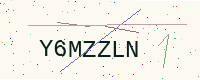
Text: Y6MZZLN